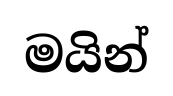
මයින්